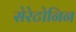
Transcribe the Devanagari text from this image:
सेरेटोनिन